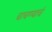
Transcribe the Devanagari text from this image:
चाचण्याचं